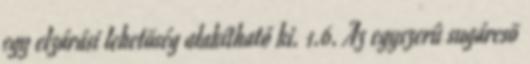
egy elzárási lehetõség alakítható ki. 1.6. Az egyszerû sugárcsõ